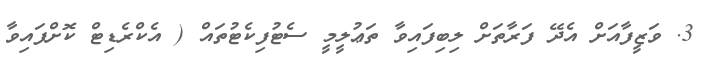
3. ވަޒީފާއަށް އެދޭ ފަރާތަށް ލިބިފައިވާ ތަޢުލީމީ ސެޓުފިކެޓުތައް ( އެކްރެޑިޓް ކޮށްފައިވާ